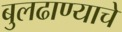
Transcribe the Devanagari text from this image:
बुलढाण्याचे